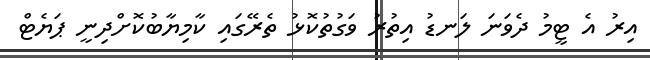
އިރު އެ ޓީމު ދެވަނަ ލަނޑު އިތުރު ވަގުތުކޮޅު ތެރޭގައި ކާމިޔާބުކޮށްދިނީ ޕަޔެޓް